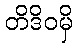
တိဒိဝမှိ